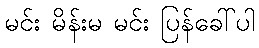
မင်း မိန်းမ မင်း ပြန်ခေါ်ပါ